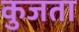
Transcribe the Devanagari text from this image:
कुजता